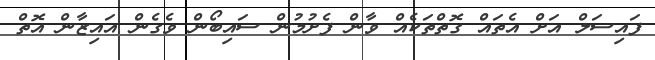
ފައިސަލް އަށް އެތައް ގޮތްތަކެއް ވާން ފެށުމުން ސައިބޯން ވެގެން އައިޒާން އޮތް